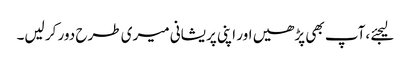
لیجئے ،آپ بھی پڑھیں اور اپنی پریشانی میری طرح دور کر لیں۔